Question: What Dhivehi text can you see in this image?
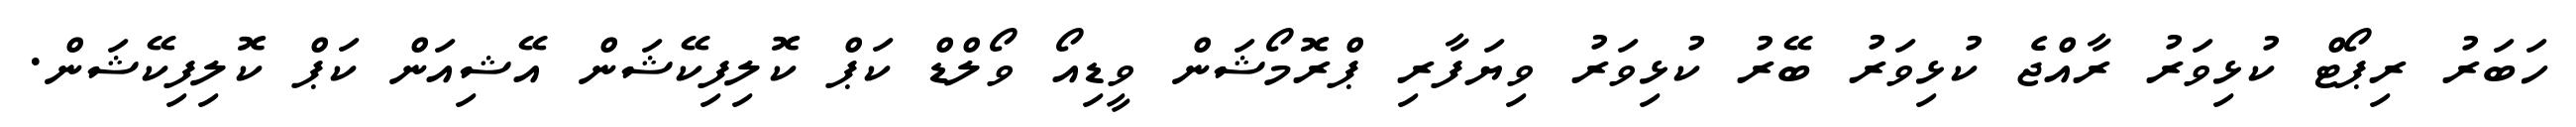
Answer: ހަބަރު ރިޕޯޓް ކުޅިވަރު ރާއްޖެ ކުޅިވަރު ބޭރު ކުޅިވަރު ވިޔަފާރި ޕްރޮމޯޝަން ވީޑިއޯ ވޯލްޑް ކަޕް ކޮލިފިކޭޝަން އޭޝިއަން ކަޕް ކޮލިފިކޭޝަން.